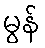
မွန်